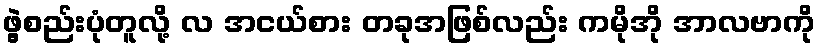
ဖွဲ့စည်းပုံတူလို့ လ အငယ်စား တခုအဖြစ်လည်း ကမိုအို အာလဗာကို